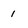
Character: 1